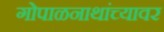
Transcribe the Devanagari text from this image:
गोपाळनाथांच्यावर